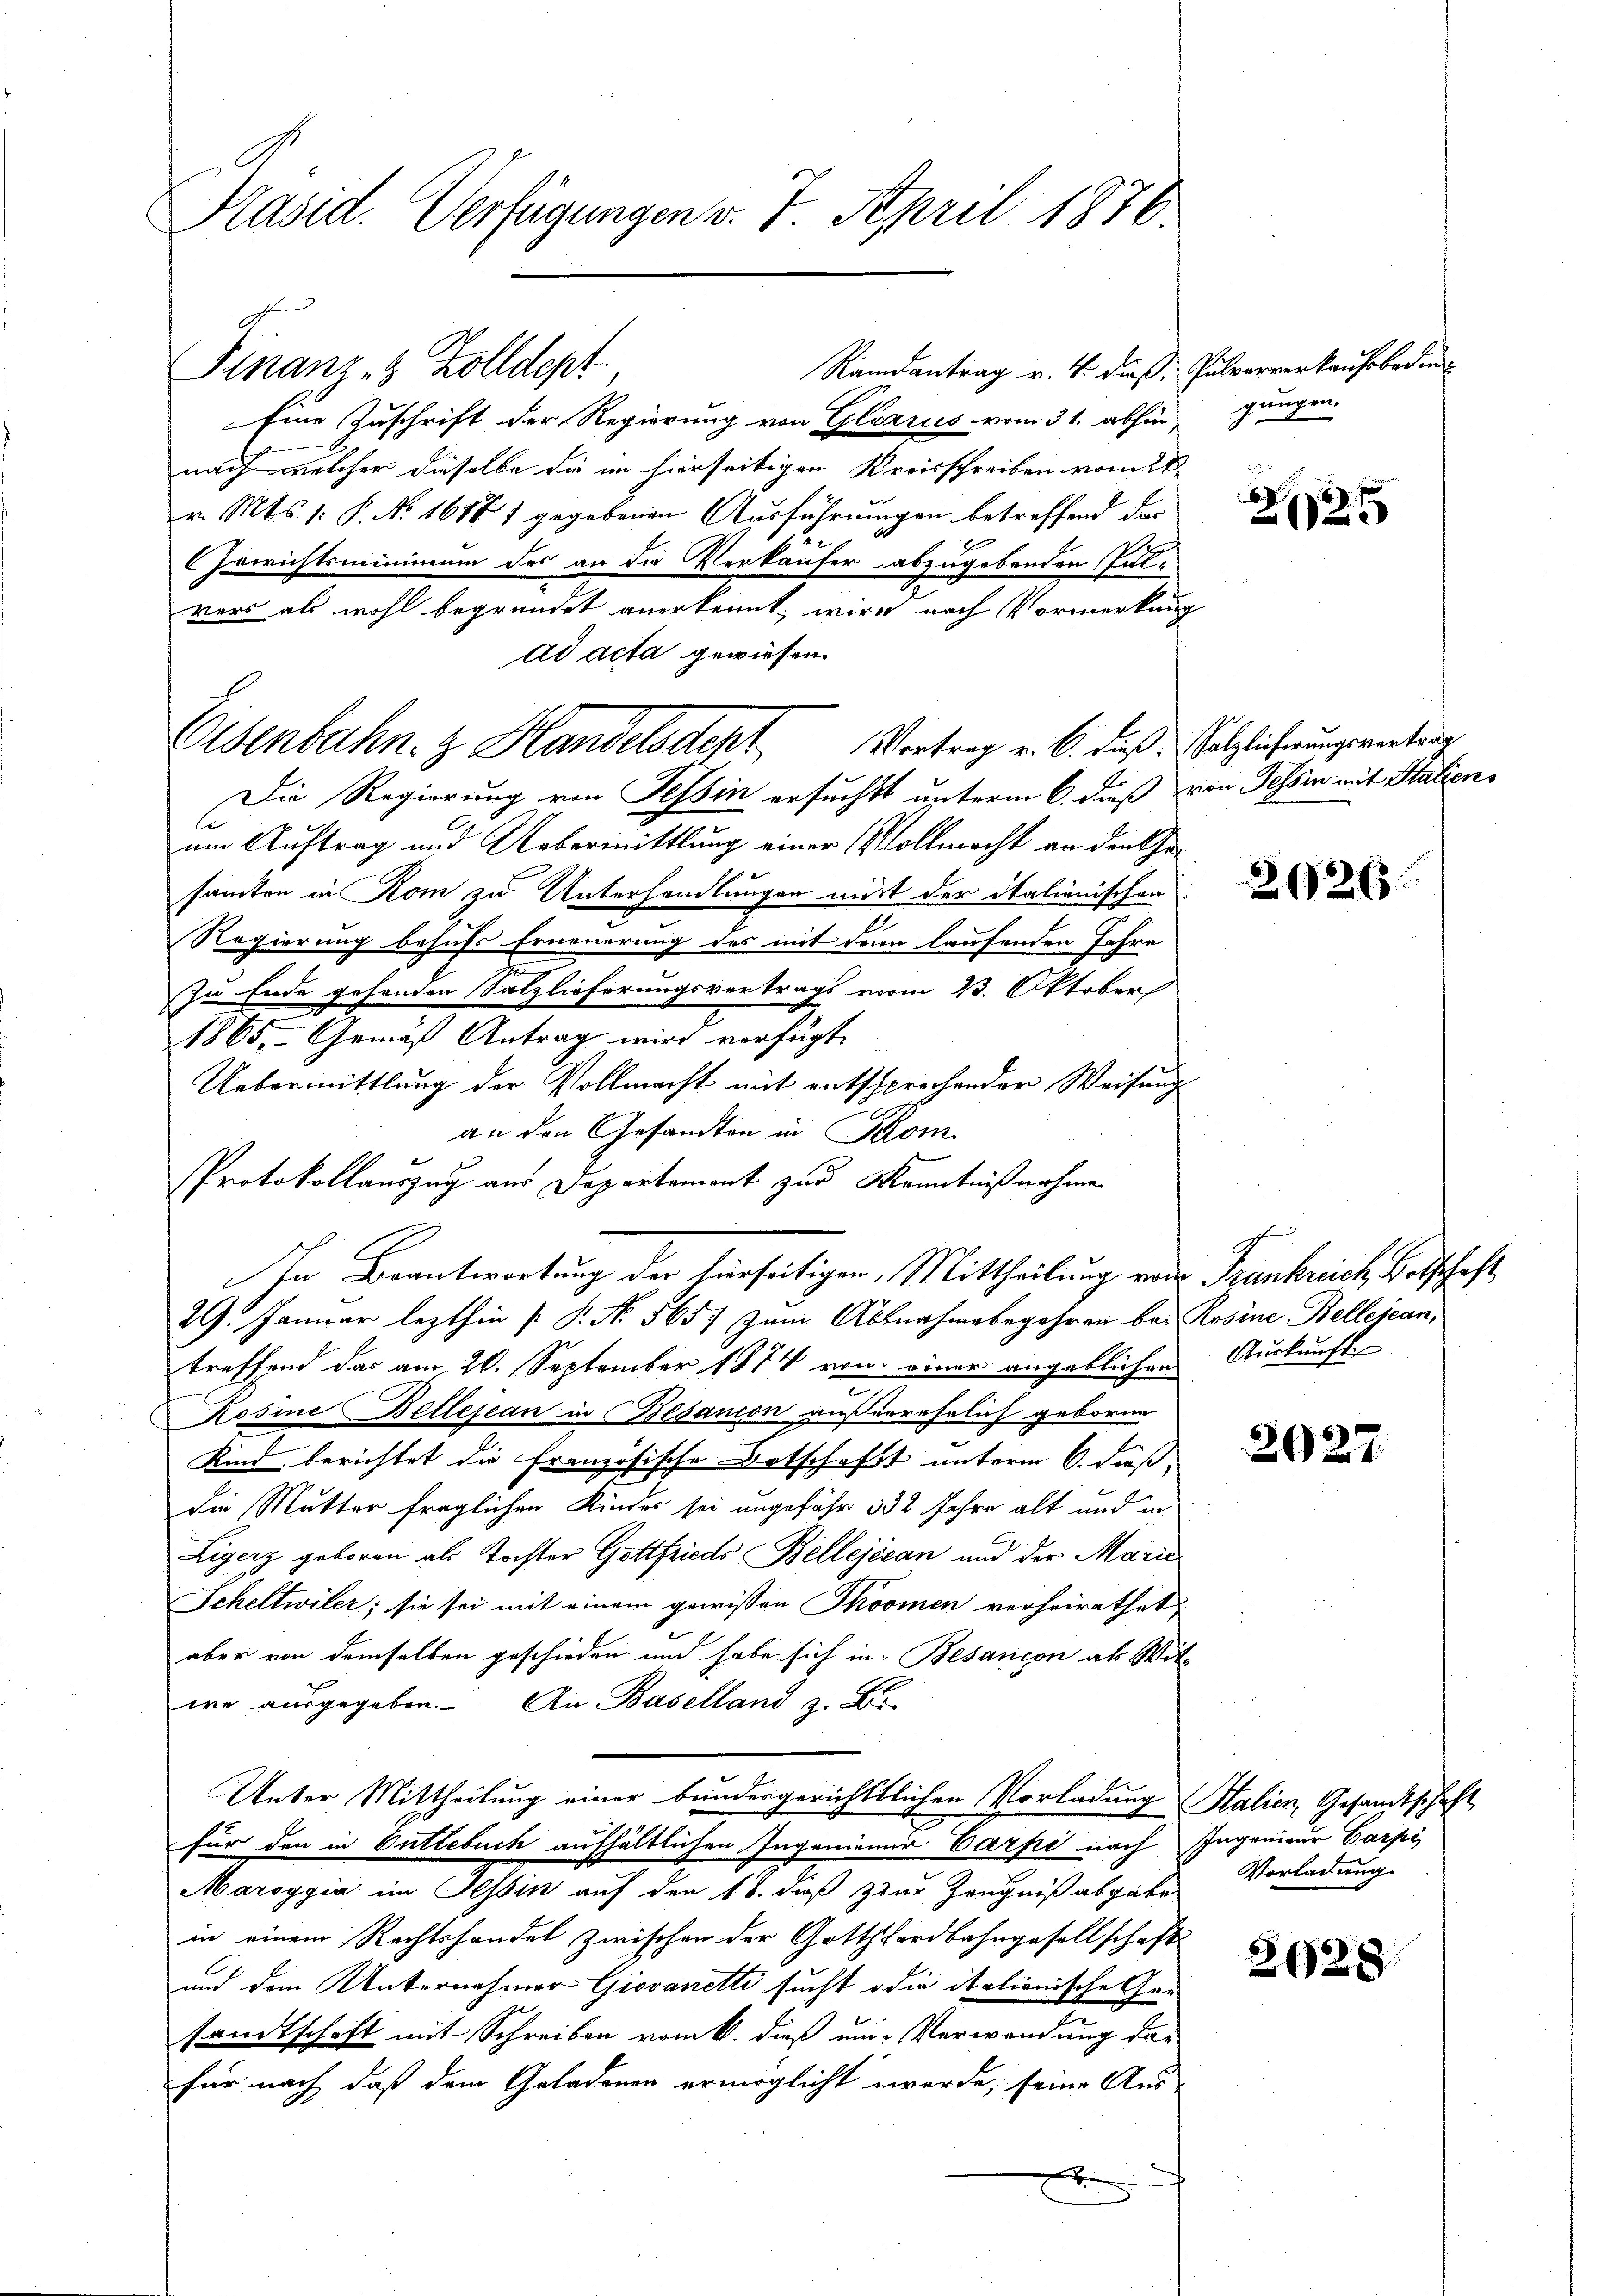
Präsid. Verfügungen v. 7. April 1878

Randantrag v. 4. dieß, Pulververkaufsbedin¬
Finanz - Zolldept
Eine Zuschrift der Regierung von Glarus vom 31. abhin,
nach welcher dieselbe die im hierseitigen Kreisschreiben vom 28.
v. Mts. 1. P. Nr. 1617 f gegebenen Ausführungen betreffend das
Gerichtsminimum des an die Verkäufer abzugebenden Falvers als wohl begründet anerkennt, wird nach Vormerkung
ad acta gewiesen.
Vortrag v. 6. dieß. Salzlicherungsvertrag
Eisenbahn. Handelsdept
Die Regierung von Tessin ersuchst unterm 6. dieß von Tessin mit Statienum Auftrag und Uebermittlung einer Vollmacht an den Gesamten in Rom zu Unterhandlungen mit der italienischen
Regierung besuchs Erneuerung des mit den laufenden Jahre
Zu Ende gehenden Salzlieferungsvertrags vom 23. Oktober
1865, Gemäß Antrag wird verfügt:
Uebermittlung der Vollmacht mit entssprechender Weisung
an den Gesandten in Kom
Protokollauszug aus Departanient zur Kenntnißnahme
29. Januar lezthin [P. No. 5657 zum Abbnahmebegehren bei Rosine Bellejean,
treffend das am 26. September 1874 von einer angeblichen Auskunft
c
Rosine Bellejean in Besanion außerehelich geboren
Kind berichtet die französische Botschaft unterm 6. daß,
die Mutter fraglichen Kindes sei angefähr 332 Jahre alt und in
Ligerz geboren als Tochter Gottfrieds Bellejécan und der Marie
Scheltwiler; sie sei mit einem gewissen Thoomen verheirathet
aber von demselben geschieden und habe sich in Besançon als Wit-
we ausgegeben. An Baselland z. B.
Unter Mittheilung einer bundergerichtlichen Vorladung Stalien, Gesandtschaft
für den in Entlebuch aufhältlichen Ingeniamir Varpe nach Ingenieur Carpi
Maroggia im Tessin auf den 18. dieß zur Zeugniß abgabe
in einem Rechtshandel zwischen der Gotthardbahngesellschaft
und dem Unternehmer Giovanetti sucht die itationische Gri
sandtschaft mit Schreiben vom 6. dieß um Verwendung das
für nach daß dem Geladenen ermöglicht werde; seine Aus-
e

In Beantwortung der herseitigen, Mittheilung von Frankreich Botschaft,

gungen.

2125

26265

2027

Vorladung.

2628.